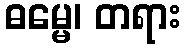
ဓမ္မေ၊ တရား